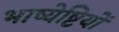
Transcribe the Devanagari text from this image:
भाष्येष्टियों